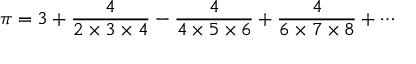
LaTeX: \pi = { 3 } + { \frac { 4 } { 2 \times 3 \times 4 } } - { \frac { 4 } { 4 \times 5 \times 6 } } + { \frac { 4 } { 6 \times 7 \times 8 } } + \cdots